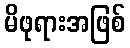
မိဖုရားအဖြစ်